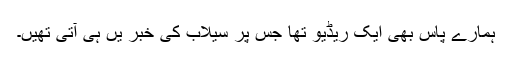
ہمارے پاس بھی ایک ریڈیو تھا جس پر سیلاب کی خبر یں ہی آتی تھیں۔